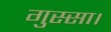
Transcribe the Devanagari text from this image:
गुस्सा।